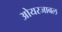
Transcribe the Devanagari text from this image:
ओयरजाबल